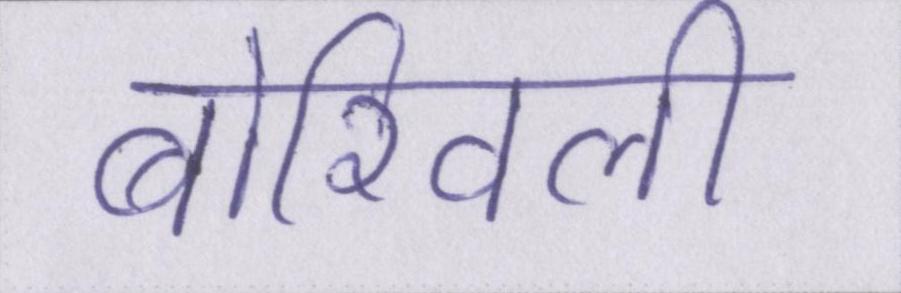
बोरिवली